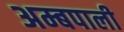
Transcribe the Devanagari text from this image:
अम्बपाली